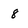
Character: 8